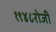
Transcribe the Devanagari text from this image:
१९४८रोजी